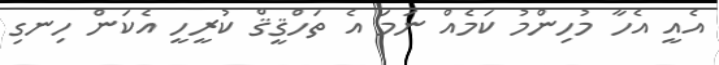
އެއީ އެހާ މުހިންމު ކަމެއް ނަަމަ އެ ތަހްޤީޤް ކުރީހީ އެކަން ހިނގި